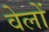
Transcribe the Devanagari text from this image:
वेलों